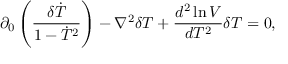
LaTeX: \partial _ { 0 } \left( \frac { \delta \dot { T } } { 1 - \dot { T } ^ { 2 } } \right) - \nabla ^ { 2 } \delta T + \frac { d ^ { 2 } \ln V } { d T ^ { 2 } } \delta T = 0 ,